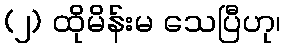
(၂) ထိုမိန်းမ သေပြီဟု၊